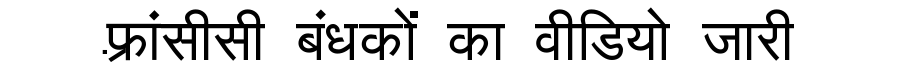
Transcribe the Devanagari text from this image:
फ़्रांसीसी बंधकों का वीडियो जारी